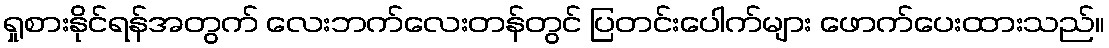
ရှုစားနိုင်ရန်အတွက် လေးဘက်လေးတန်တွင် ပြတင်းပေါက်များ ဖောက်ပေးထားသည်။